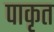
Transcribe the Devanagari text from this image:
पाकृत